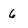
Character: 6